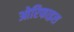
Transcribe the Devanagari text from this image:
ओरिफाइस